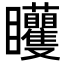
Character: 𥍜